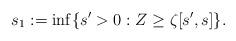
LaTeX: \begin{align*} s_1:=\inf\{s'>0: Z\ge \zeta [s',s]\}.\end{align*}